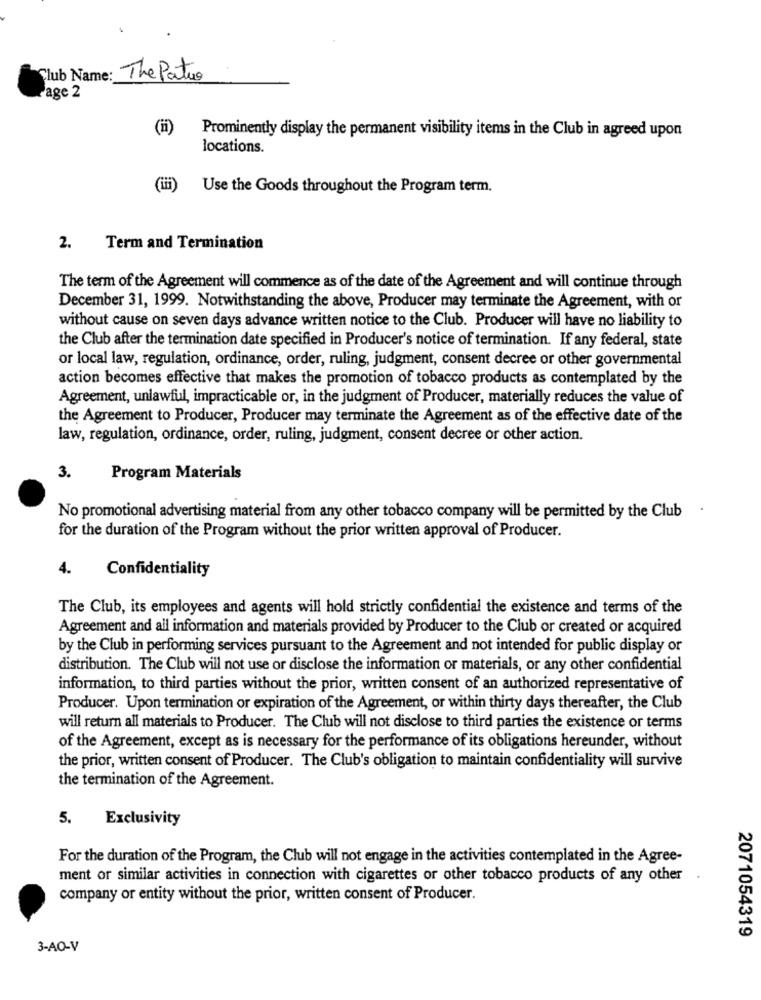
Club Name: The Patro
Page 2
Prominently display the permanent visibility items in the Club in agreed upon
locations.
(iii)
Use the Goods throughout the Program term.
2.
Term and Termination
The term of the Agreement will commence as of the date of the Agreement and will continue through
December 31, 1999. Notwithstanding the above, Producer may terminate the Agreement, with or
without cause on seven days advance written notice to the Club. Producer will have no liability to
the Club after the termination date specified in Producer's notice of termination. If any federal, state
or local law, regulation, ordinance, order, ruling, judgment, consent decree or other governmental
action becomes effective that makes the promotion of tobacco products as contemplated by the
Agreement, unlawful, impracticable or, in the judgment of Producer, materially reduces the value of
the Agreement to Producer, Producer may terminate the Agreement as of the effective date of the
law, regulation, ordinance, order, ruling, judgment, consent decree or other action.
3.
Program Materials
No promotional advertising material from any other tobacco company will be permitted by the Club .
for the duration of the Program without the prior written approval of Producer.
4.
Confidentiality
The Club, its employees and agents will hold strictly confidential the existence and terms of the
Agreement and all information and materials provided by Producer to the Club or created or acquired
by the Club in performing services pursuant to the Agreement and not intended for public display or
distribution. The Club will not use or disclose the information or materials, or any other confidential
information, to third parties without the prior, written consent of an authorized representative of
Producer. Upon termination or expiration of the Agreement, or within thirty days thereafter, the Club
will return all materials to Producer. The Club will not disclose to third parties the existence or terms
of the Agreement, except as is necessary for the performance of its obligations hereunder, without
the prior, written consent of Producer. The Club's obligation to maintain confidentiality will survive
the termination of the Agreement.
5.
Exclusivity
For the duration of the Program, the Club will not engage in the activities contemplated in the Agree-
ment or similar activities in connection with cigarettes or other tobacco products of any other
company or entity without the prior, written consent of Producer.
2071054319
3-AO-V